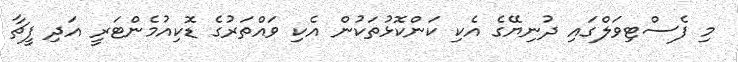
މި ފެސްޓިވަލްގައި ދުނިޔޭގެ އެކި ކަންކޮޅުތަކުން އެކި ވައްތަރުގެ ޑޮކިއުމެންޓަރީ އަދި ފީޗާ